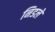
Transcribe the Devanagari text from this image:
निडले